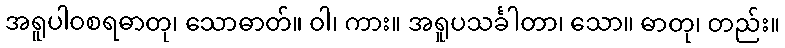
အရူပါဝစရဓာတု၊ သောဓာတ်။ ဝါ၊ ကား။ အရူပသင်္ခါတာ၊ သော။ ဓာတု၊ တည်း။